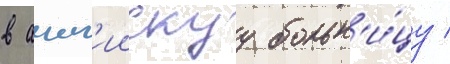
в англ'иискуу больн'и́цу /